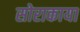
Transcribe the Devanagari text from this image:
सोराकाया